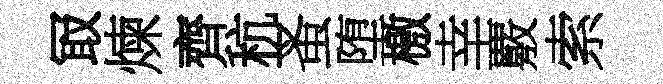
冣煉齊秔蚤堕檄幸覈索